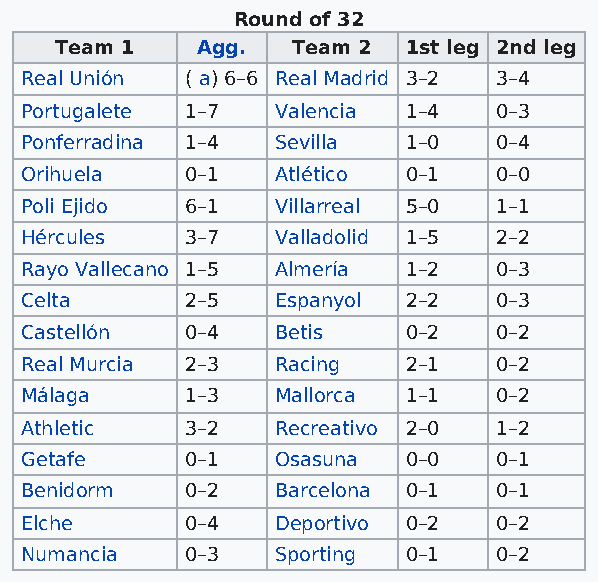
Round of 32
 Team 1   Agg.  Team 2  1st leg 2nd leg
 Real Unión ( a) 6–6 Real Madrid 3–2 3–4
 Portugalete 1–7  Valencia 1–4   0–3
 Ponferradina 1–4 Sevilla  1–0   0–4
 Orihuela   0–1   Atlético 0–1   0–0
 Poli Ejido 6–1   Villarreal 5–0 1–1
 Hércules   3–7   Valladolid 1–5 2–2
 Rayo Vallecano 1–5 Almería 1–2  0–3
 Celta      2–5   Espanyol 2–2   0–3
 Castellón  0–4   Betis    0–2   0–2
 Real Murcia 2–3  Racing   2–1   0–2
 Málaga     1–3   Mallorca 1–1   0–2
 Athletic   3–2   Recreativo 2–0 1–2
 Getafe     0–1   Osasuna  0–0   0–1
 Benidorm   0–2   Barcelona 0–1  0–1
 Elche      0–4   Deportivo 0–2  0–2
 Numancia   0–3   Sporting 0–1   0–2